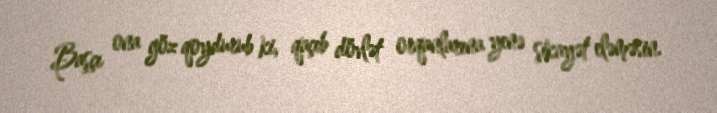
Başçı ona göz qoydurub ki, qaçıb dövlət orqanlarına yenə şikayət eləməsin.